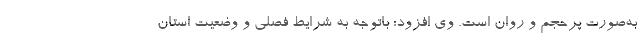
به‌صورت پرحجم و روان است. وی افزود: باتوجه به شرایط فصلی و وضعیت استان